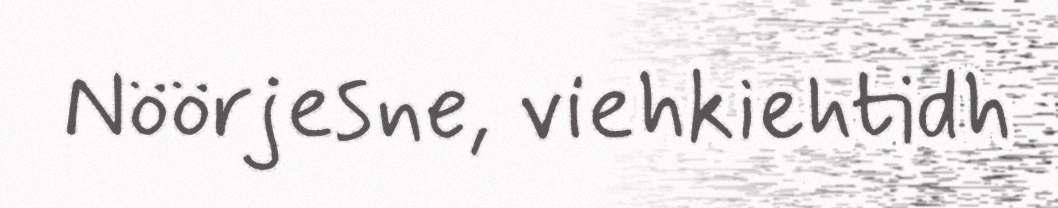
Nöörjesne, viehkiehtidh